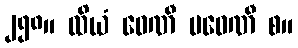
၂၅၈။ ထိယံ ဝေဏီ ပဝေဏီ စ။